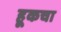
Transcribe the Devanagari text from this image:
हूकचा